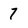
Character: 7